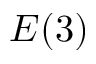
E ( 3 )